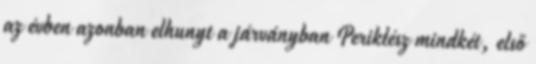
az évben azonban elhunyt a járványban Periklész mindkét, első